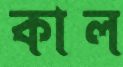
কাল